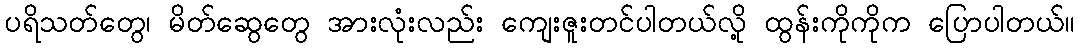
ပရိသတ်တွေ၊ မိတ်ဆွေတွေ အားလုံးလည်း ကျေးဇူးတင်ပါတယ်လို့ ထွန်းကိုကိုက ပြောပါတယ်။